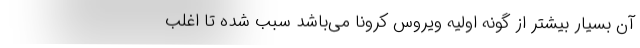
آن بسیار بیشتر از گونه اولیه ویروس کرونا می‌باشد سبب شده تا اغلب